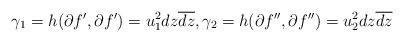
LaTeX: \begin{align*}\gamma_1 = h(\partial f',\partial f')=u_1^2dz\overline{dz},\gamma_2=h(\partial f'',\partial f'')= u_2^2dz\overline{dz}\end{align*}